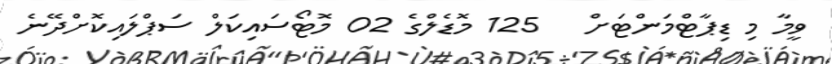
ވީމާ މި ޑިޕާޓްމަންޓަށް   125 މޮޑެލްގެ 02 މޮޓޯސައިކަލް ސަޕްލައިކޮށްދޭނެ